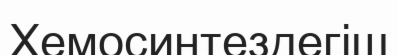
Хемосинтездегіш